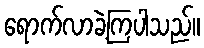
ရောက်လာခဲ့ကြပါသည်။